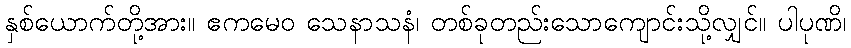
နှစ်ယောက်တို့အား။ ဧကမေဝ သေနာသနံ၊ တစ်ခုတည်းသောကျောင်းသို့လျှင်။ ပါပုဏိ၊